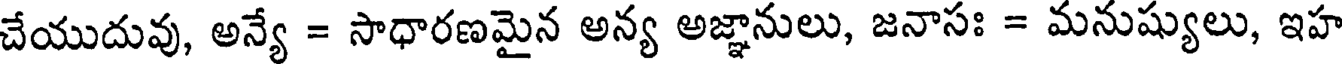
చేయుదువు, అన్యే = సాధారణమైన అన్య అజ్ఞానులు, జనాసః = మనుష్యులు, ఇహ